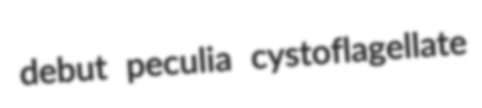
debut peculia cystoflagellate